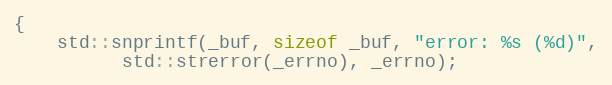
Language: C++
{
    std::snprintf(_buf, sizeof _buf, "error: %s (%d)",
		  std::strerror(_errno), _errno);